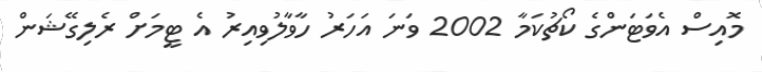
މޮއިސް އެވަޓަންގެ ކޯޗުކަމާ 2002 ވަނަ އަހަރު ހާވާލުވިއިރު އެ ޓީމަށް ރެލިގޭޝަން